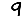
Digit: 9